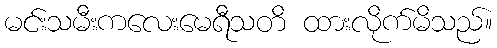
မင်းသမီးကလေးမေရီသတိ ထားလိုက်မိသည်။